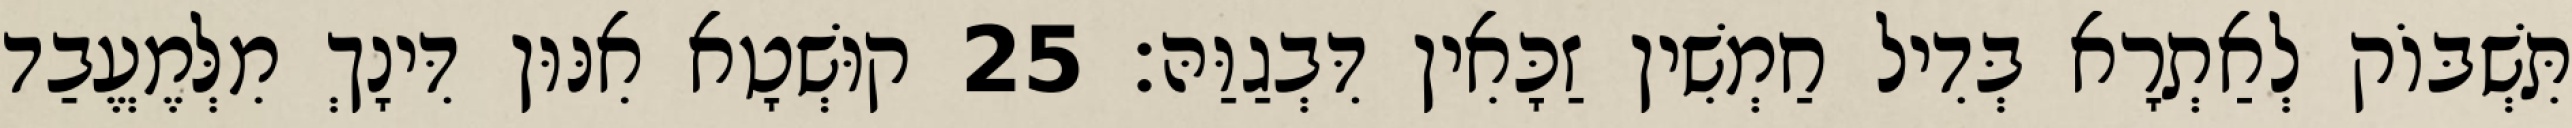
תִּשְׁבּוֹק לְאַתְרָא בְּדִיל חַמְשִׁין זַכָּאִין דִּבְגַוַּהּ׃ 25 קוּשְׁטָא אִנּוּן דִּינָךְ מִלְּמֶעֱבַד